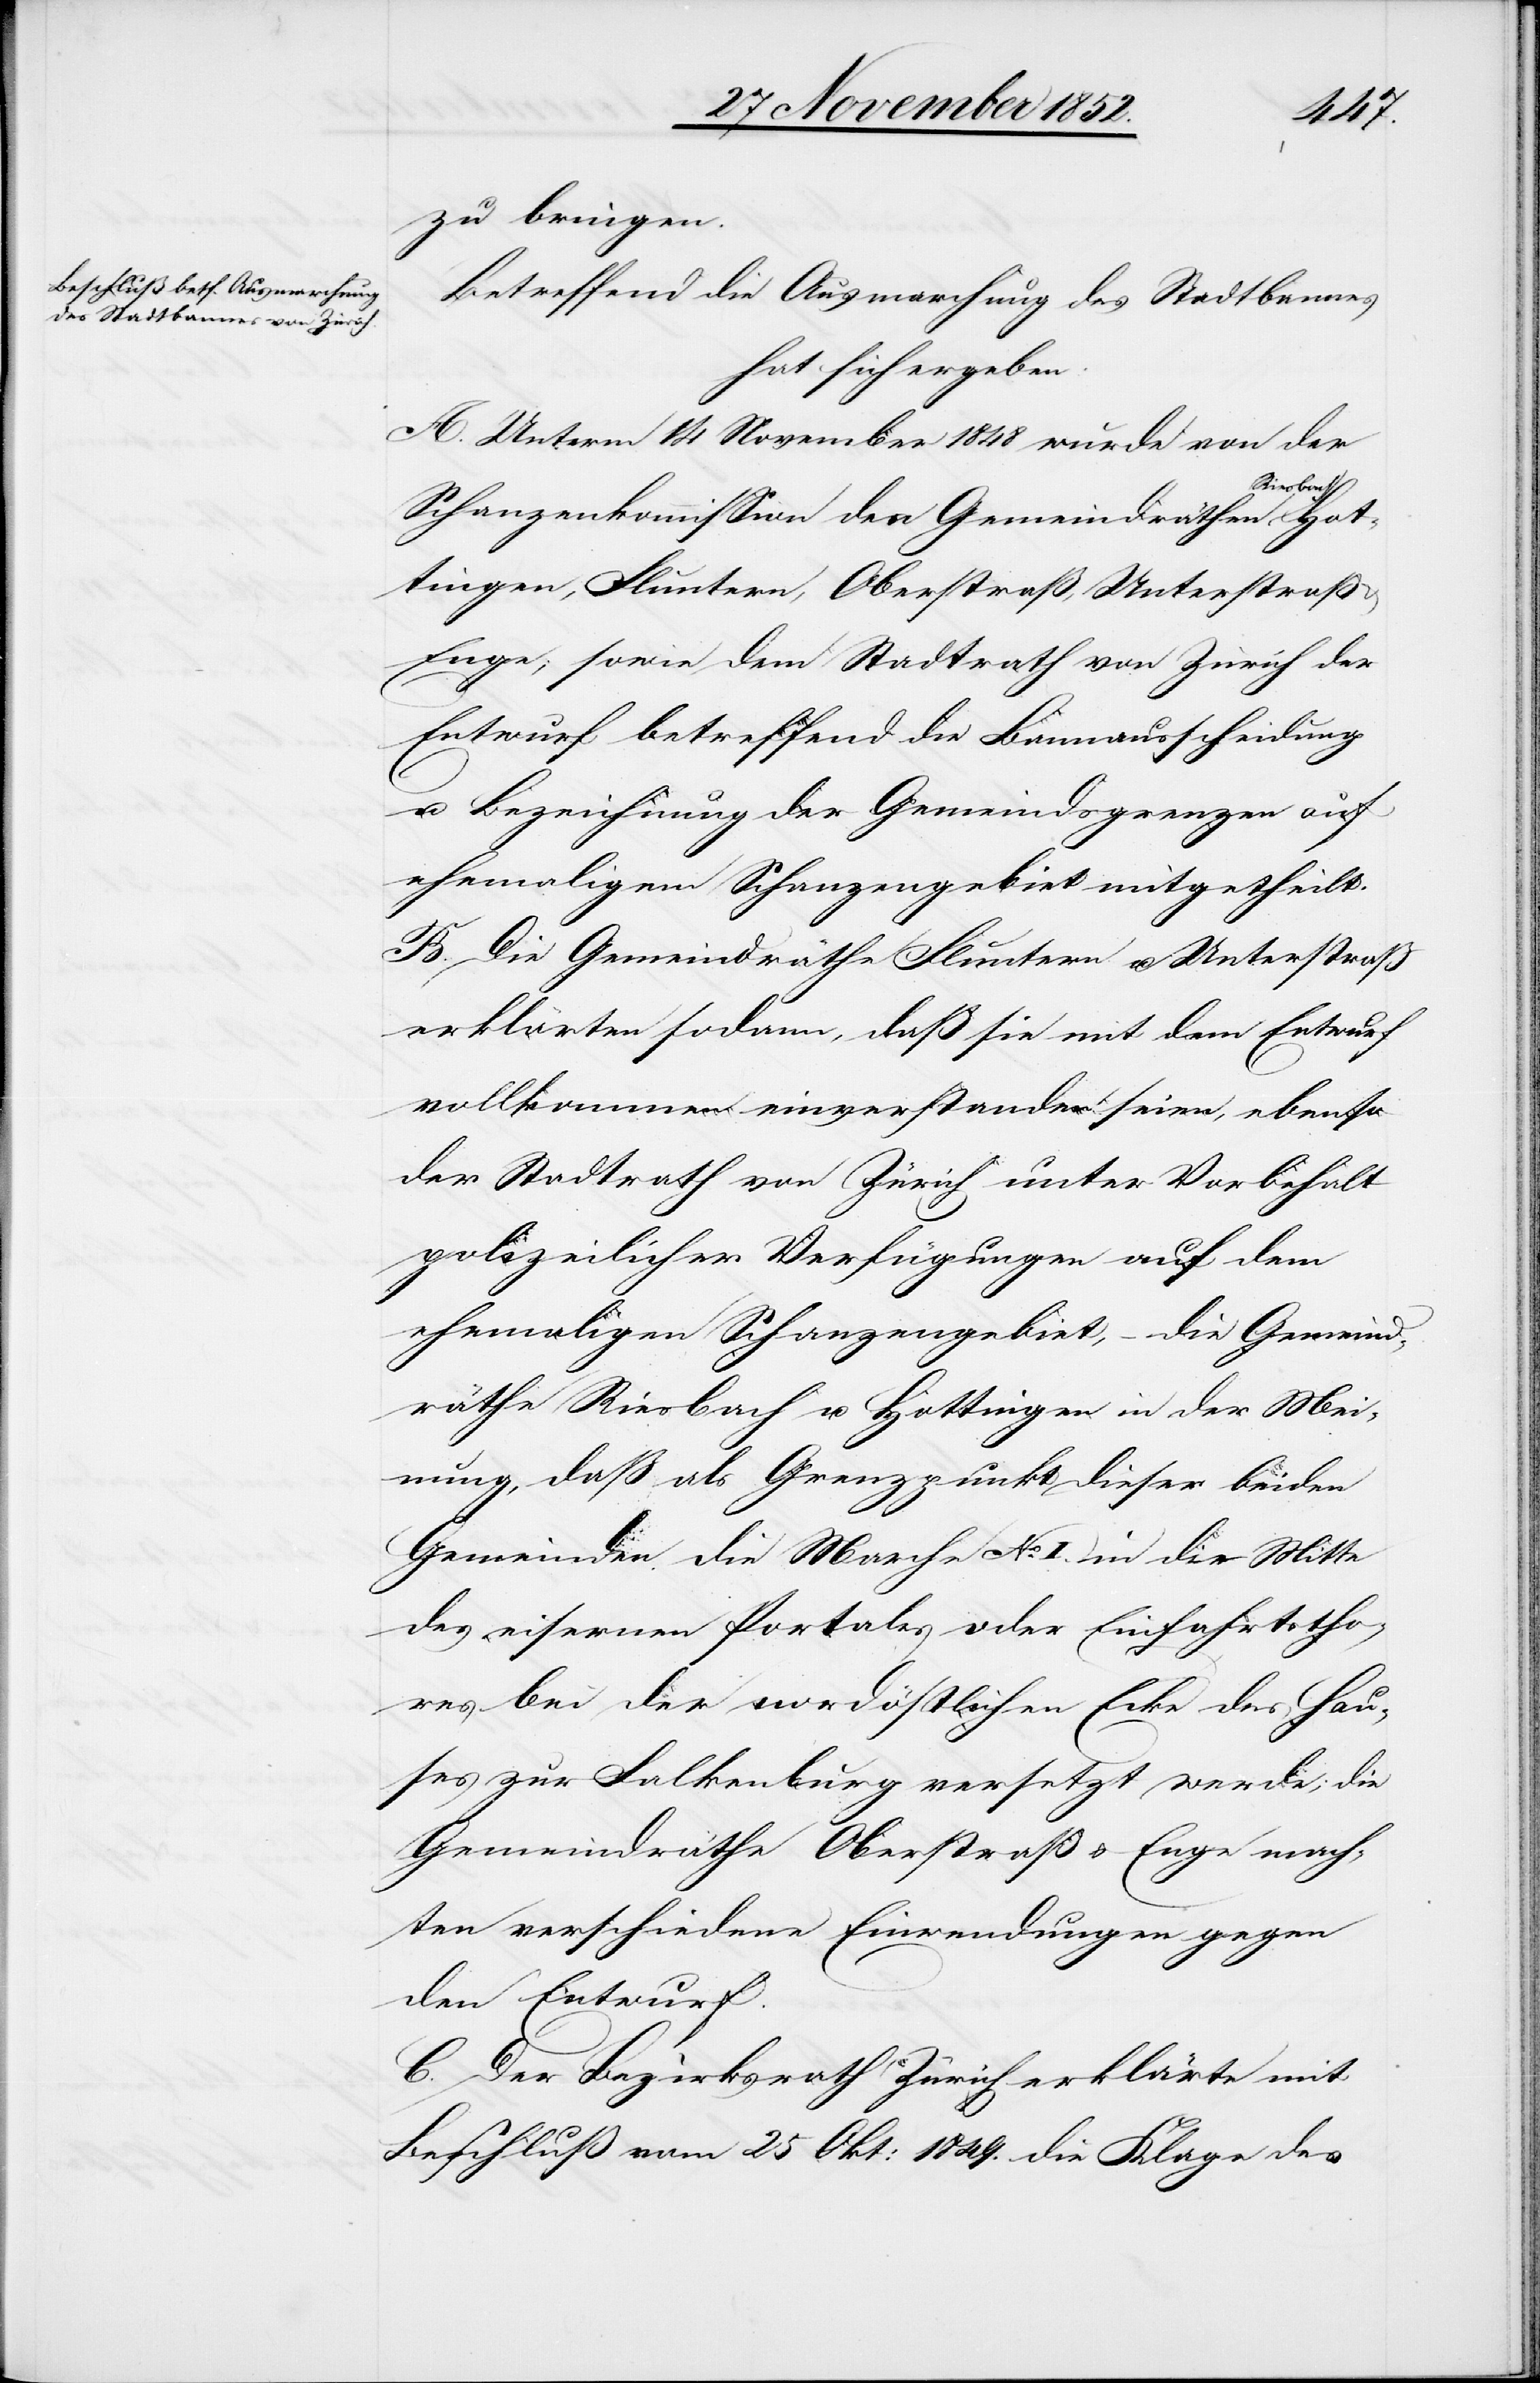
Hot¬
zu bringen.
Betreffend die Ausmarchung des Stadtbannes
hat sich ergeben:
A. Unterm 14 November 1848 wurde von der
esbach[,]
Schanzenkommission den Gemeindräthen Ri¬
tingen, Fluntern, Oberstraß, Unterstraß
Enge; sowie dem Stadtrath von Zürich der
Entwurf betreffend die Bannausscheidung
u. Bezeichnung der Gemeindsgrenzen auf
ehemaligem Schanzengebiet mitgetheilt.
B. Die Gemeindräthe Fluntern u. Unterstraß
erklärten sodann, daß sie mit dem Entwurf
vollkommen einverstanden seien, ebenso
der Stadtrath von Zürich unter Vorbehalt
polizeilicher Verfügungen auf dem
ehemaligen Schanzengebiet, – die Gemeind¬
räthe Riesbach u. Hottingen in der Mei¬
nung, daß als Grenzpunkt dieser beiden
Gemeinden die Marche No. I. in die Mitte
des eisernen Portales oder Einfahrtstho¬
res bei der nordöstlichen Ecke des Hau¬
ses zur Falkenburg versetzt werde; die
Gemeindräthe Oberstraß & Enge mach¬
ten verschiedene Einwendungen gegen
den Entwurf.
C. Der Bezirksrath Zürich erklärte mit
Beschluß vom 25 Okt: 1849. die Klage des